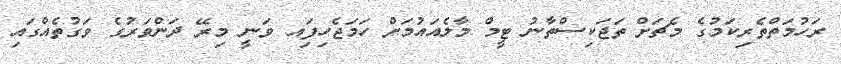
ރަހުމަތްތެރިކަމުގެ މެޗަށް ތަޖަކިސްތާނު ޓީމް މާލެއައުމަށް ހަމަޖެހިފަިއ ވަނީ މިރޭ ދަންވަރުގެ ވަގުތެއްގައި